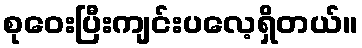
စုဝေးပြီးကျင်းပလေ့ရှိတယ်။